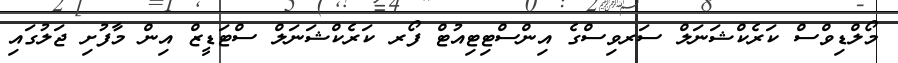
މޯލްޑިވްސް ކަރެކްޝަނަލް ސަރވިސްގެ އިންސްޓިޓިއުޓް ފޯރ ކަރެކްޝަނަލް ސްޓަޑީޒް އިން މާފުށި ޖަލުގައި